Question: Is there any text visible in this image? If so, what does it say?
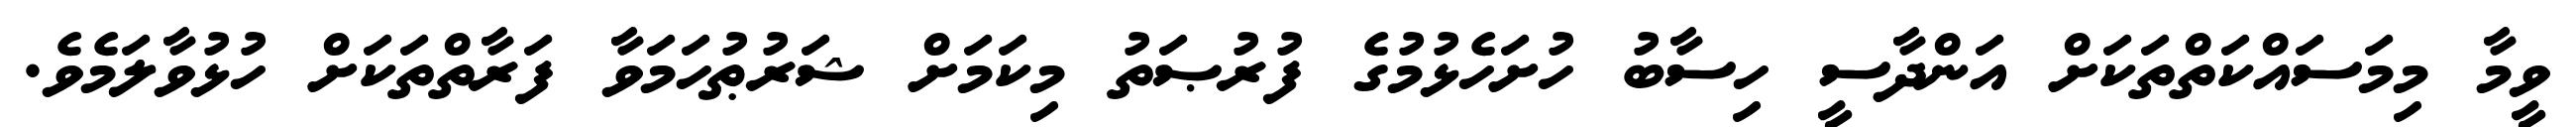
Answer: ވީމާ މިމަސައްކަތްތަކަށް އަންދާސީ ހިސާބު ހުށަހެޅުމުގެ ފުރުޞަތު މިކަމަށް ޝަރުޠުހަމަވާ ފަރާތްތަކަށް ހުޅުވާލަމެވެ.